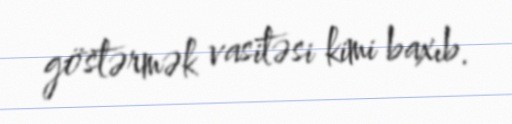
göstərmək vasitəsi kimi baxıb.